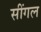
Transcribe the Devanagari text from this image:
सींगल